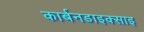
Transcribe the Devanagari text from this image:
कार्बनडाइक्साइ